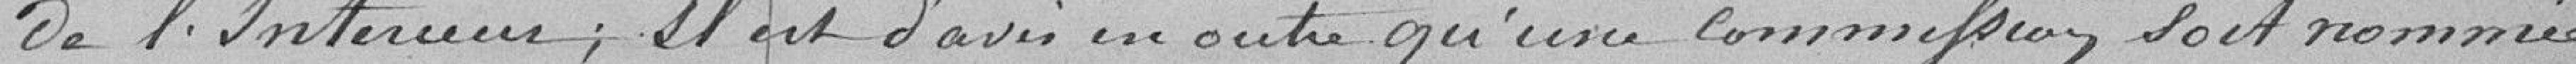
de l'Intérieur ; il est d'avis en outre qu'une commission soit nommée